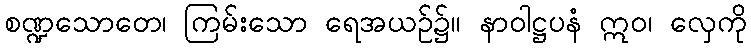
စဏ္ဍသောတေ၊ ကြမ်းသော ရေအယဉ်၌။ နာဝါဋ္ဌပနံ ဣဝ၊ လှေကို